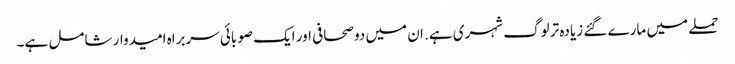
حملے میں مارے گئے زیادہ تر لوگ شہری ہے. ان میں دو صحافی اور ایک صوبائی سربراہ امیدوار شامل ہے۔